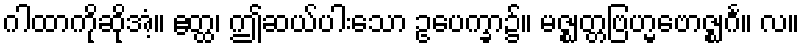
ဂါထာကိုဆိုအံ့။ ဧတ္ထ၊ ဤဆယ်ပါးသော ဥပေက္ခာ၌။ မဇ္ဈတ္တဗြဟ္မဗောဇ္ဈင်္ဂ။ လ။